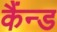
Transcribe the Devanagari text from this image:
कैंन्ड